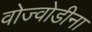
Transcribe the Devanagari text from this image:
वोज्वोडीना